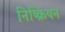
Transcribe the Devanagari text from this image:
निष्क्रियन